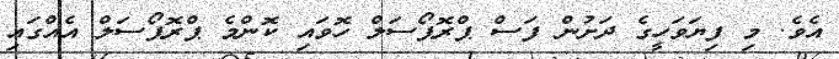
އެވެ. މި ފިޔަވަހީގެ ދަށުން ފަސް ޕްރޮޕޯސަލް ހޮވައި ކޮންމެ ޕްރޮޕޯސަލް އެއްގައި